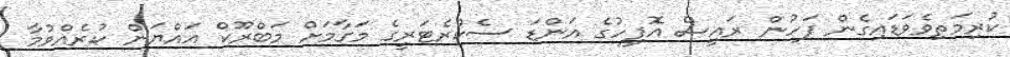
ކުރިމަތިވެވަޑައިގެން ފަހުން ރައީސް އޮފީހުގެ އަންޑަ ސެކްރެޓަރީގެ މަގާމަށް މަބްރޫކް އައްޔަން ކުރެއްވުމާ